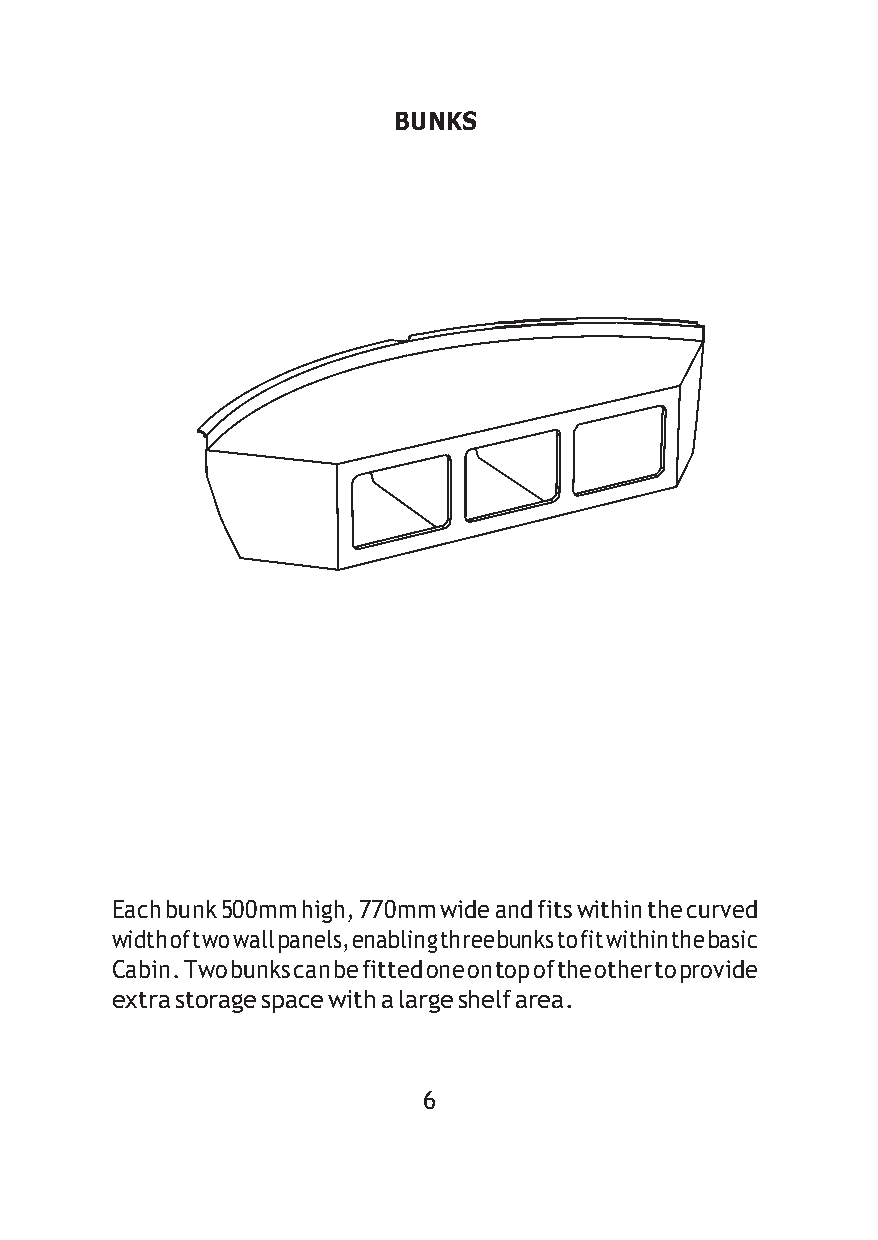
BUNKS
 Each bunk 500mm high, 770mm wide and fits within the curved
 width of two wall panels, enabling three bunks to fit within the basic
 Cabin. Two bunks can be fitted one on top of the other to provide
 extra storage space with a large shelf area.
 6